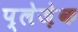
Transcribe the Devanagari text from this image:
प्लेज़ेक